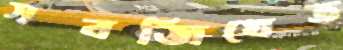
সবজিখেত